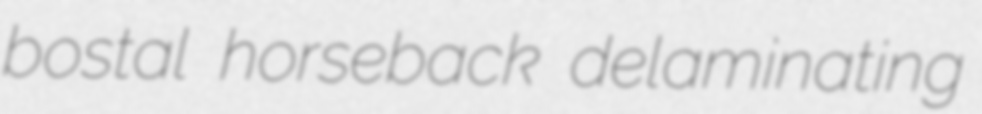
bostal horseback delaminating